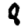
Digit: 8